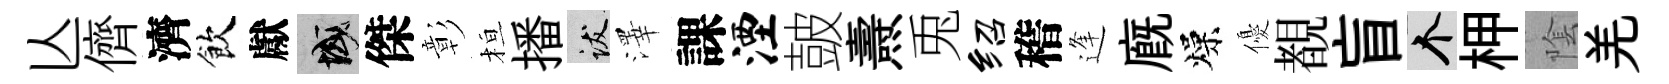
亾儕濟飲獻域傑彰桓播跋澤課湮皷燾兎绍稽逢廐燥優覩盲个柙隂羌